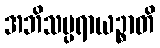
အဘိသမ္ပရာယဉ္စာတိ